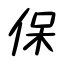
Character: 保